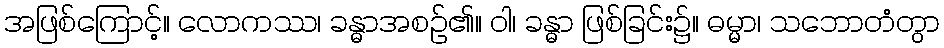
အဖြစ်ကြောင့်။ လောကဿ၊ ခန္ဓာအစဉ်၏။ ဝါ၊ ခန္ဓာ ဖြစ်ခြင်း၌။ ဓမ္မာ၊ သဘောတံတွာ